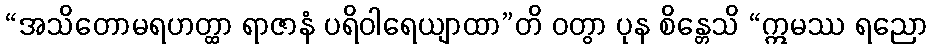
“အသိတောမရဟတ္ထာ ရာဇာနံ ပရိဝါရေယျာထာ”တိ ဝတွာ ပုန စိန္တေသိ “ဣမဿ ရညော